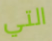
التي